DOW-UAP-D33, Mission Report, Greece, October 2023
Agency: Department of War
Incident date: 10/27/23
Incident location: Aegean Sea
Page 2
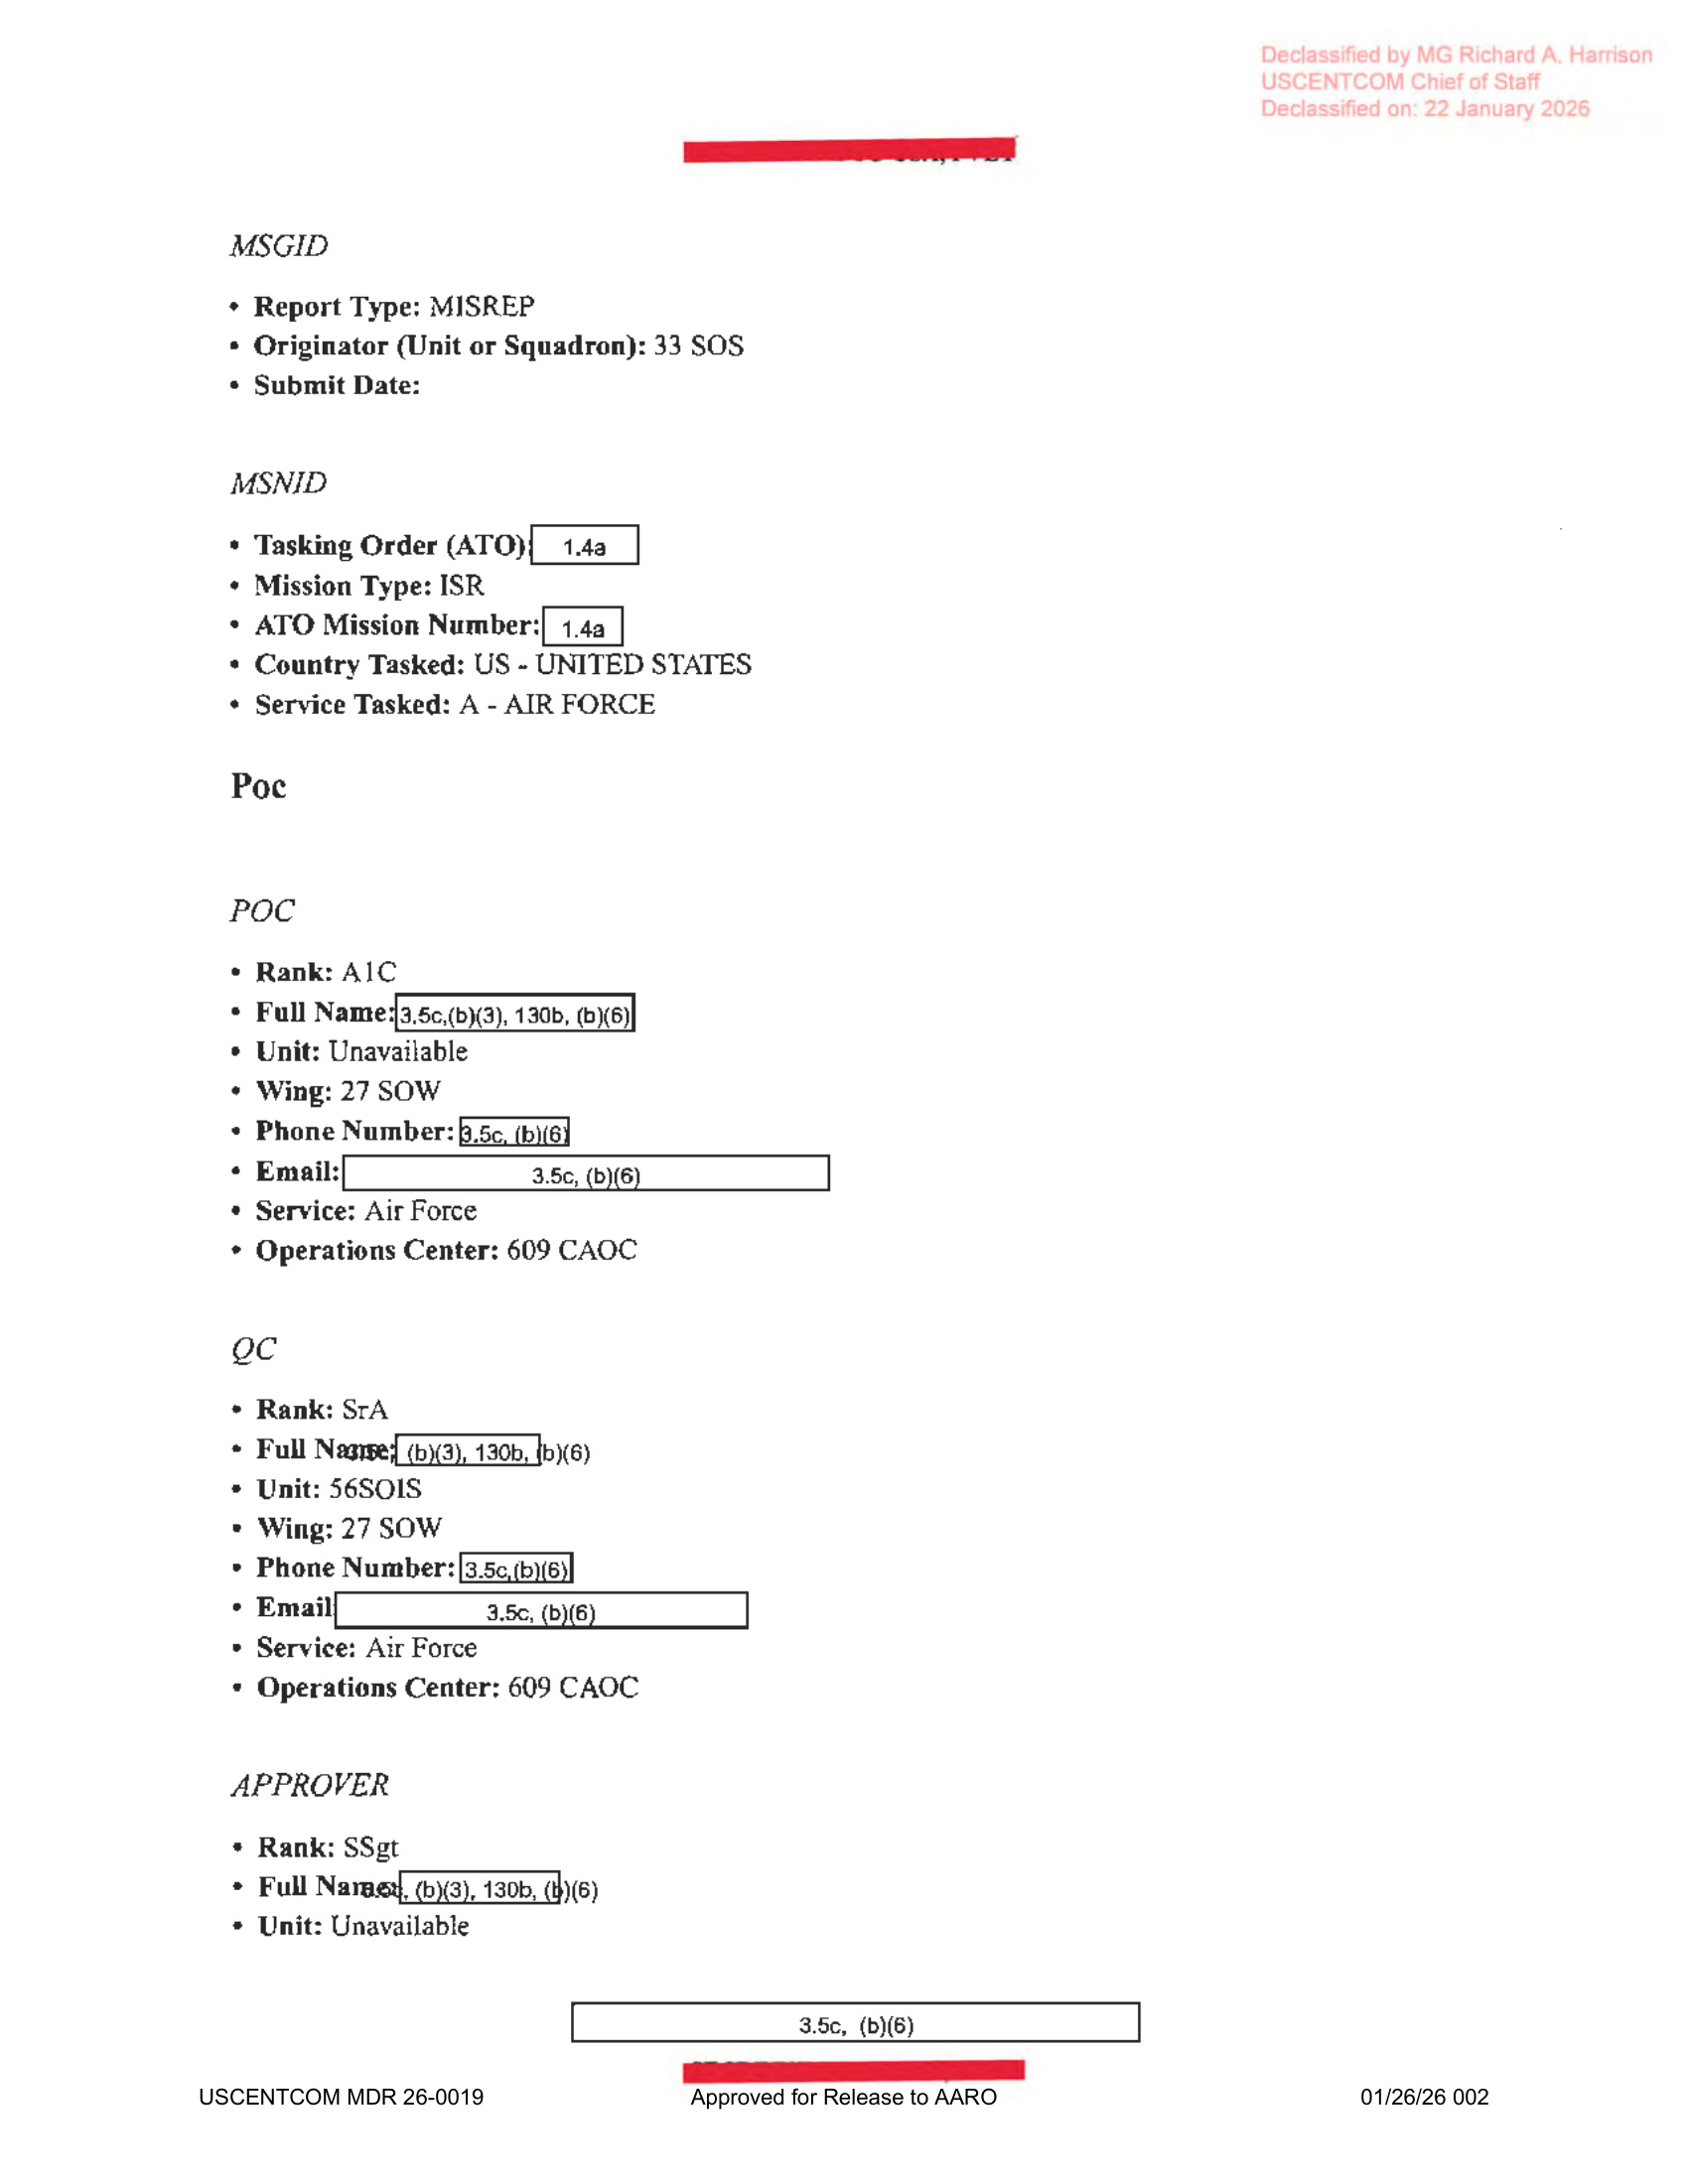